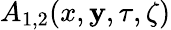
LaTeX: A_{1,2}(x,\mathbf{y},\tau,\zeta)